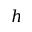
h